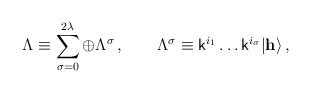
\begin{align*}\Lambda\equiv \sum_{\sigma=0}^{2\lambda} \oplus\Lambda^\sigma\,,\qquad\Lambda^\sigma\equiv{\sf k}^{i_1}\ldots {\sf k}^{i_\sigma}|{\bf h}\rangle\,,\end{align*}